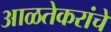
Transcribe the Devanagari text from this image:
आळतेकरांचे